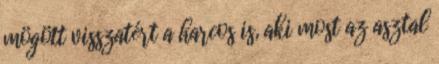
mögött visszatért a harcos is, aki most az asztal